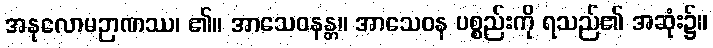
အနုလောမဉာဏဿ၊ ၏။ အာသေဝနန္တ။ အာသေဝန ပစ္စည်းကို ရသည်၏ အဆုံး၌။